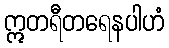
ဣတရီတရေနပါဟံ